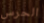
الحرس